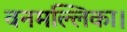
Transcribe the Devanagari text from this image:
वनमल्लिका।